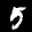
Label: 5